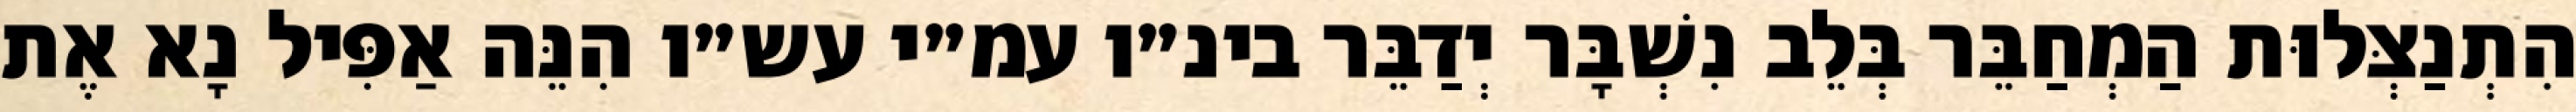
הִתְנַצְּלוּת הַמְחַבֵּר בְּלֵב נִשְׁבָּר יְדַבֵּר בינ״ו עמ״י עש״ו הִנֵּה אַפִּיל נָא אֶת